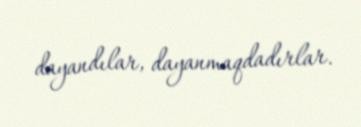
dayandılar, dayanmaqdadırlar.